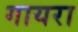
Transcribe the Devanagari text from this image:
गायरा